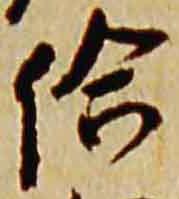
給